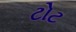
ટોટ